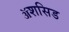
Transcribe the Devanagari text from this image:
ॲशसिड